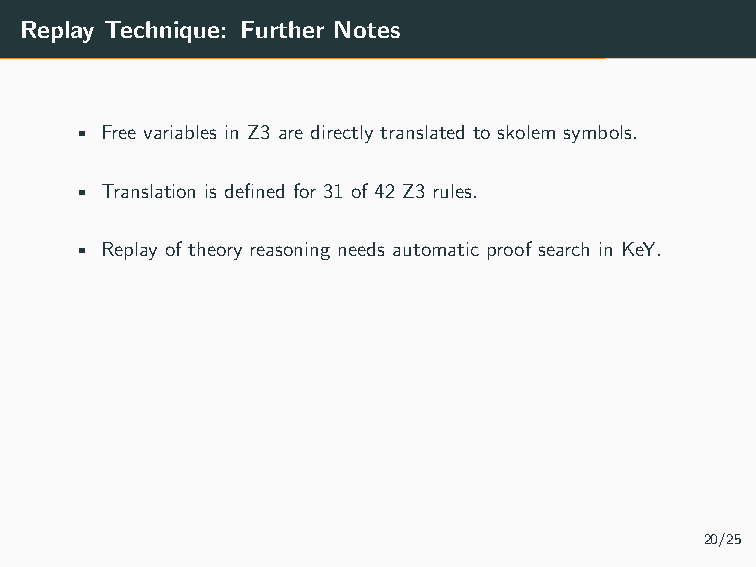
• Some schematic proof rules are currently replayed with automatic
 proof search.
 • By construction, the technique is sound.
 • The technique is total (under assumptions).
 Replay Technique: Further Notes
 • Free variables in Z3 are directly translated to skolem symbols.
 • Translation is defined for 31 of 42 Z3 rules.
 • Replay of theory reasoning needs automatic proof search in KeY.
 20/25